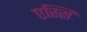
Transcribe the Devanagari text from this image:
एस्सिं